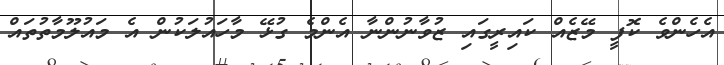
އެހެންވެ ކޮފީ މޭޒެއް ކައިރީގައި ޒުވާނުންނާ އެންމެ ގުޅޭ މާހައުލަކުން އެ މައުލޫމާތުތައް